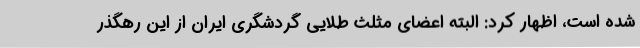
شده است، اظهار کرد: البته اعضای مثلث طلایی گردشگری ایران از این رهگذر